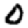
Digit: 0